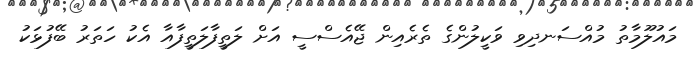
މައުލޫމާތު މުއްސަނދިވި ވަކީލުންގެ ތެރެއިން ޖޭއެސްސީ އަށް ލަތީފާލަތީފާއާ އެކު ހަތަރު ބޭފުޅަކު